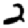
Digit: 2